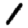
Digit: 1